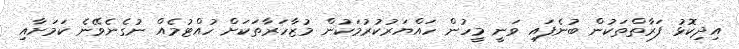
އިދިކޮޅު ފަރާތްތަކުން ބުނެފައި ވަނީ މީހުން ހައްޔަރުކުރުމަކުން މުޒާހަރާތަކަށް ހުއްޓުމެއް ނުގެނެވޭނެ ކަމަށާއި